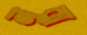
নুরা